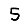
Digit: 5